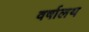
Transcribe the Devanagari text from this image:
वर्षालय